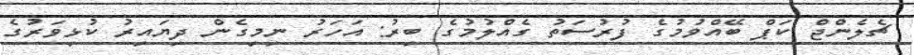
ޗެލެންޖް ކަޕް ބޭއްވުމުގެ ފުރުސަތު ގެއްލުމުގެ ބިރު: އަހަރު ނިމިގެން ދިޔައިރު ކުޅިވަރުގެ